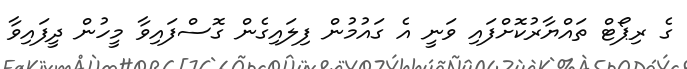
ގެ ރިޕޯޓް ތައްޔާރުކޮށްފައި ވަނީ އެ ގައުމުން ފިލައިގެން ގޮސްފައިވާ މީހުން ދީފައިވާ